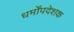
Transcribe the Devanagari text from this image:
धर्मोंपदेशक